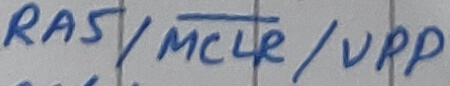
Text: RA5/MCLR/VPP